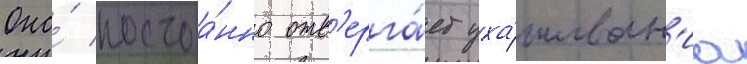
Она́ постоа́нно отв'ерга́ет уха́живан'иа